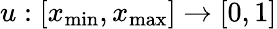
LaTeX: u:[x_{\mathrm{min}},x_{\mathrm{max}}]\to[0,1]